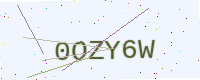
Text: 0OZY6W